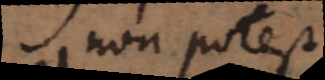
non potest